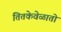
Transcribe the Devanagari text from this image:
तितकेवेळातो